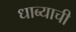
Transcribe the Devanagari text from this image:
धाब्याची